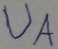
Text: UA